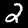
Label: 2